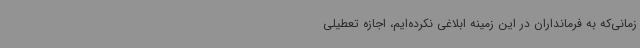
زمانی‌که به فرمانداران در این زمینه ابلاغی نکرده‌ایم، اجازه تعطیلی